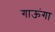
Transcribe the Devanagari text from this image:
गाऊंगा